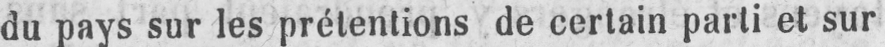
du pays sur les prétentions de certain parti et sur